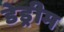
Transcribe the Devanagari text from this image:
डेड्रीम